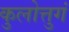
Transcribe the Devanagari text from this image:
कुलोत्तुगं